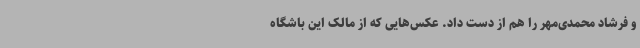
و فرشاد محمدی‌مهر را هم از دست داد. عکس‌هایی که از مالک این باشگاه